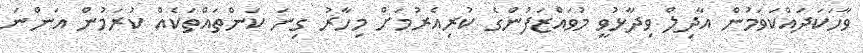
ވާހަކަދައްކަވަމުން އާދިލް ވިދާޅުވީ މުވައްޒަފުންގެ ކުރިއެރުމަށް މިހާރު ގިނަ ކަންތައްތަކެއް ކުރަމުން އަންނަ